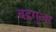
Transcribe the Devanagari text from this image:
बडगुजर